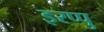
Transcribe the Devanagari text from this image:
इरप्पु